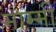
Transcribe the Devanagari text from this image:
माम्मी